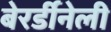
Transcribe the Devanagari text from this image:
बेरर्डीनेली